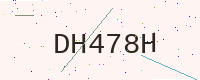
Text: DH478H